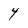
Character: 4